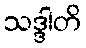
သဒ္ဒါတိ